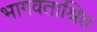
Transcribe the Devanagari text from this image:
भागवताश्रित